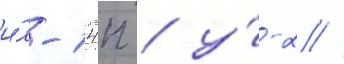
и́л-14п / у́-2 //